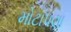
મોટાપણા